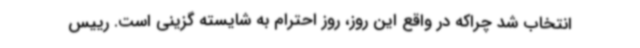
انتخاب شد چراکه در واقع این روز، روز احترام به شایسته گزینی است. رییس